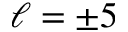
\ell = \pm 5